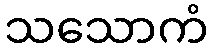
သသောကံ